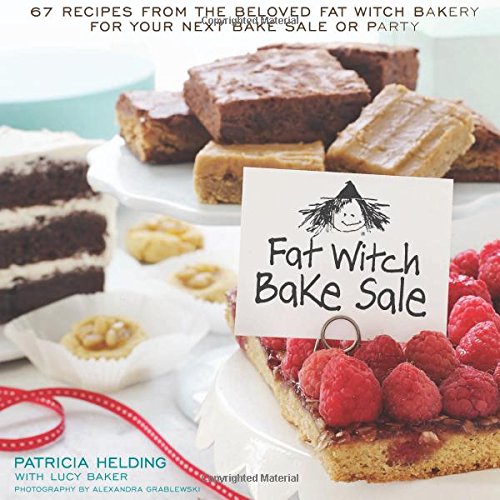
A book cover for Fat Witch Bake Sale: 67 Recipes from the Beloved Fat Witch Bakery for Your Next Bake Sale or Party; Patricia Helding; Cookbooks, Food & Wine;